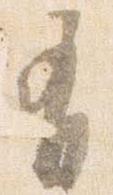
有